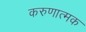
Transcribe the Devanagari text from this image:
करुणात्मक